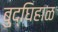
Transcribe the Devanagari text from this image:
बुद्घिहाळ